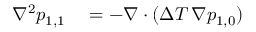
\begin{array} { r l } { \nabla ^ { 2 } p _ { 1 , 1 } } & { { } = - \nabla \cdot ( \Delta T \, \nabla p _ { 1 , 0 } ) } \end{array}